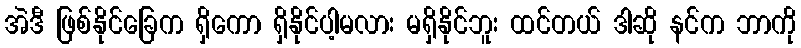
အဲဒီ ဖြစ်နိုင်ခြေက ရှိကော ရှိနိုင်ပါ့မလား မရှိနိုင်ဘူး ထင်တယ် ဒါဆို နင်က ဘာကို